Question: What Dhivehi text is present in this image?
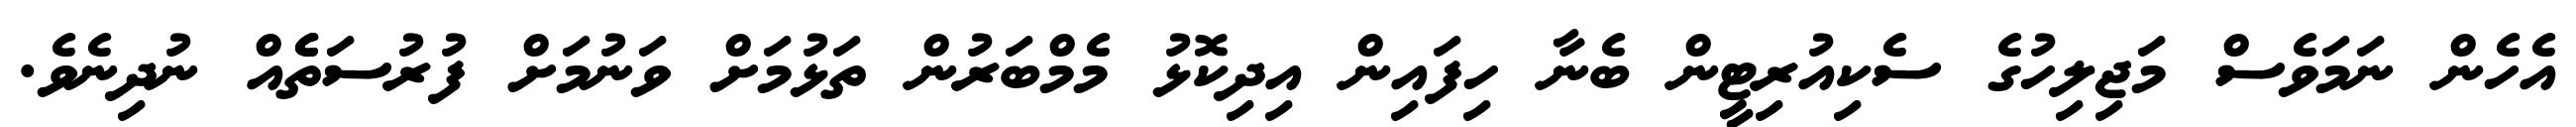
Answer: އެހެން ނަމަވެސް މަޖިލިހުގެ ސެކިއުރިޓީން ބެނާ ހިފައިން އިދިކޮޅު މެމްބަރުން ތަޅުމަށް ވަނުމަށް ފުރުސަތެެއް ނުދިނެވެ.